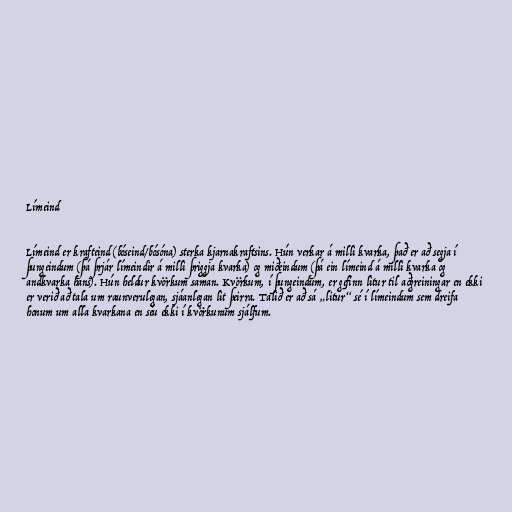
Límeind

Límeind er krafteind (bóseind/bósóna) sterka kjarnakraftsins. Hún verkar á milli kvarka, það er að segja í
þungeindum (þá þrjár límeindir á milli þriggja kvarka) og miðeindum (þá ein límeind á milli kvarka og
andkvarka hans). Hún heldur kvörkum saman. Kvörkum, í þungeindum, er gefinn litur til aðgreiningar en ekki
er verið að tala um raunverulegan, sjáanlegan lit þeirra. Talið er að sá „litur“ sé í límeindum sem dreifa
honum um alla kvarkana en séu ekki í kvörkunum sjálfum.